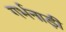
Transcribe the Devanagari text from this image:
गर्भनाड़ी